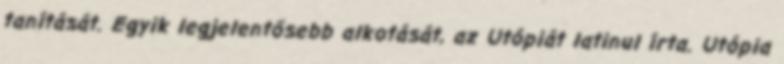
tanítását. Egyik legjelentősebb alkotását, az Utópiát latinul írta. Utópia